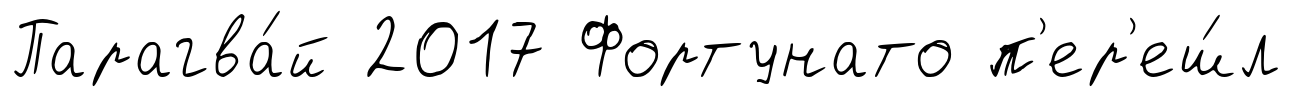
Парагва́й 2017 Фортунато п'ер'еш́л